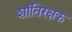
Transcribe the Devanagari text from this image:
शांतिरक्षक